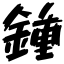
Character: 鍾